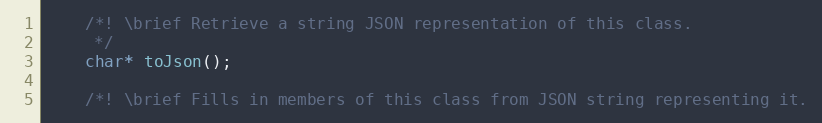
Language: C
	/*! \brief Retrieve a string JSON representation of this class.
	 */
	char* toJson();

	/*! \brief Fills in members of this class from JSON string representing it.